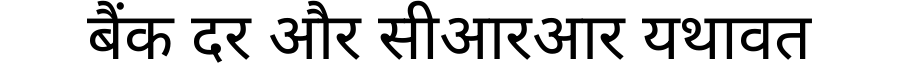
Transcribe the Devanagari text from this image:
बैंक दर और सीआरआर यथावत